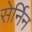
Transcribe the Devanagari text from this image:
सेर्निन